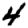
Digit: 4